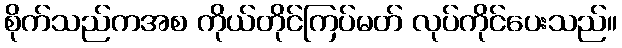
စိုက်သည်ကအစ ကိုယ်တိုင်ကြပ်မတ် လုပ်ကိုင်ပေးသည်။